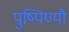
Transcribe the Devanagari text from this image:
पुष्पिण्यौ